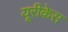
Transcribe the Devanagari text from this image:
यूरीकेस